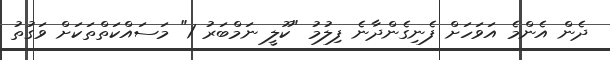
ދެން އެންމެ އަވަހަށް ފެނިގެންދާނެ ފިލުމު "ކޫލީ ނަމްބަރު 1" މަސައްކަތްތަކަށް ވަގުތު